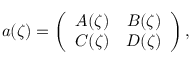
a ( \zeta ) = \left( \begin{array} { c c } { { A ( \zeta ) } } & { { B ( \zeta ) } } \\ { { C ( \zeta ) } } & { { D ( \zeta ) } } \end{array} \right) ,